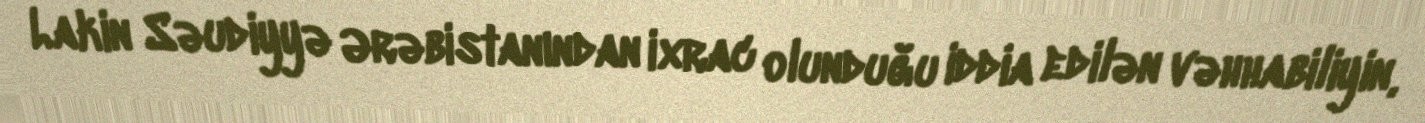
Lakin Səudiyyə Ərəbistanından ixrac olunduğu iddia edilən vəhhabiliyin,